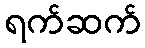
ရက်ဆက်